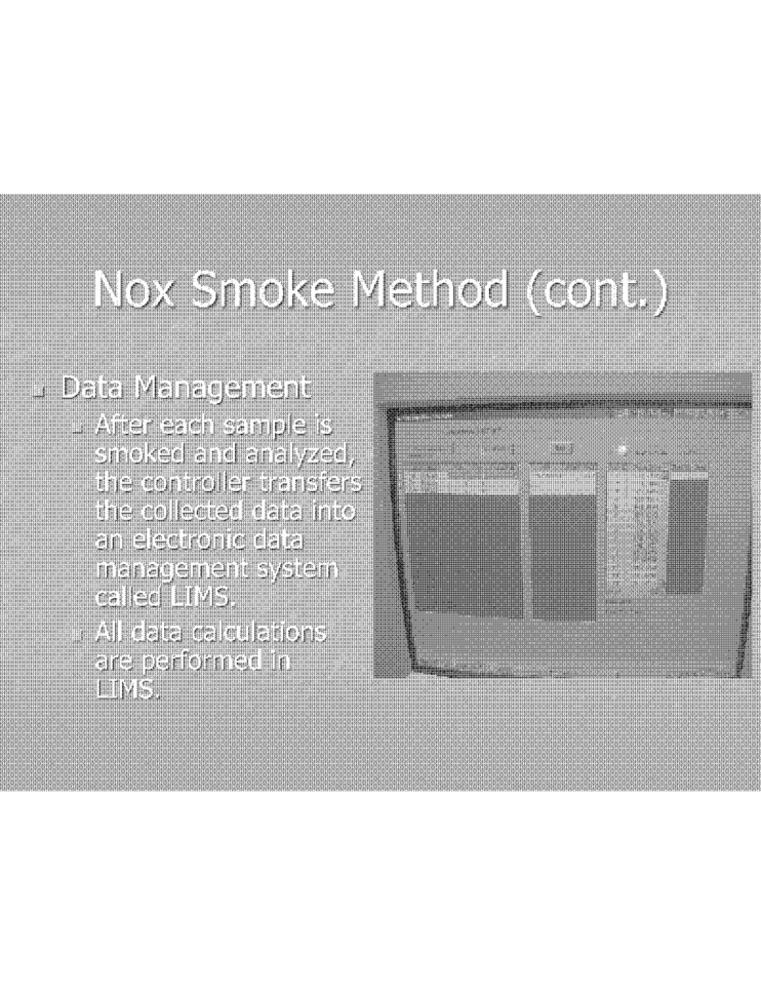
Nox Smoke Method (cont. )
Data Management
After each sample is
smoked and analyzed,
the controller transfers
the collected data into
an electronic data
management system
called LIMS
All data calculations
are performed in
LIMS.